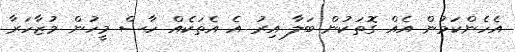
އެހެންކަމުން އެއް ގޮތަކުން ބަލާ އިރު އެ އެތަކެއް ހާސް މީހުން މުޒާހަރާ